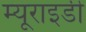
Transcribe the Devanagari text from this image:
म्यूराइडी